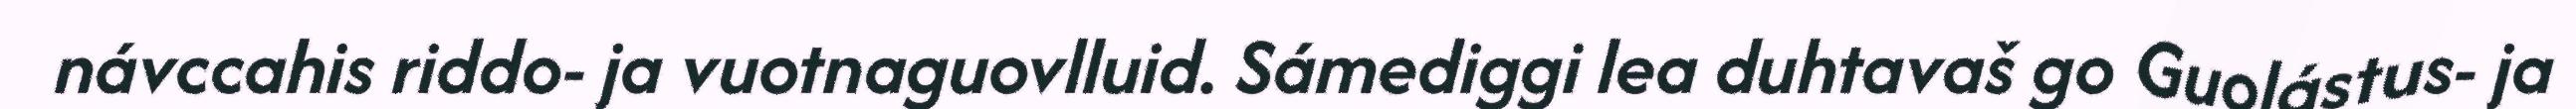
návccahis riddo- ja vuotnaguovlluid. Sámediggi lea duhtavaš go Guolástus- ja